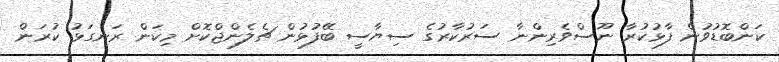
ކަންބޮޑުވުން ފާޅުކުރާ ނޫސްވެރިންނާ ސަރުކާރުގެ ސިޔާސީ ބޭފުޅުން ޗެލެންޖްކޮށް މިކަން ރަނގަޅު ކުރަން